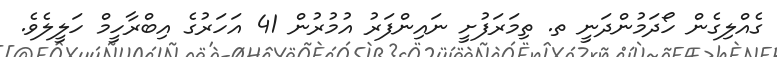
ގެއްލިގެން ހޯދަމުންދަނީ ތ. ތިމަރަފުށީ ނައިންފަރު އުމުރުން 41 އަހަރުގެ އިބްރާހީމް ހަލީލެވެ.